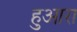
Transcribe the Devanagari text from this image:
हुआरा